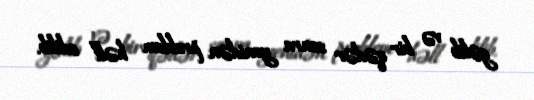
gəlib və bir qədər sonra yenidən problem həll edilib.